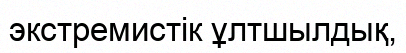
экстремистік ұлтшылдық,